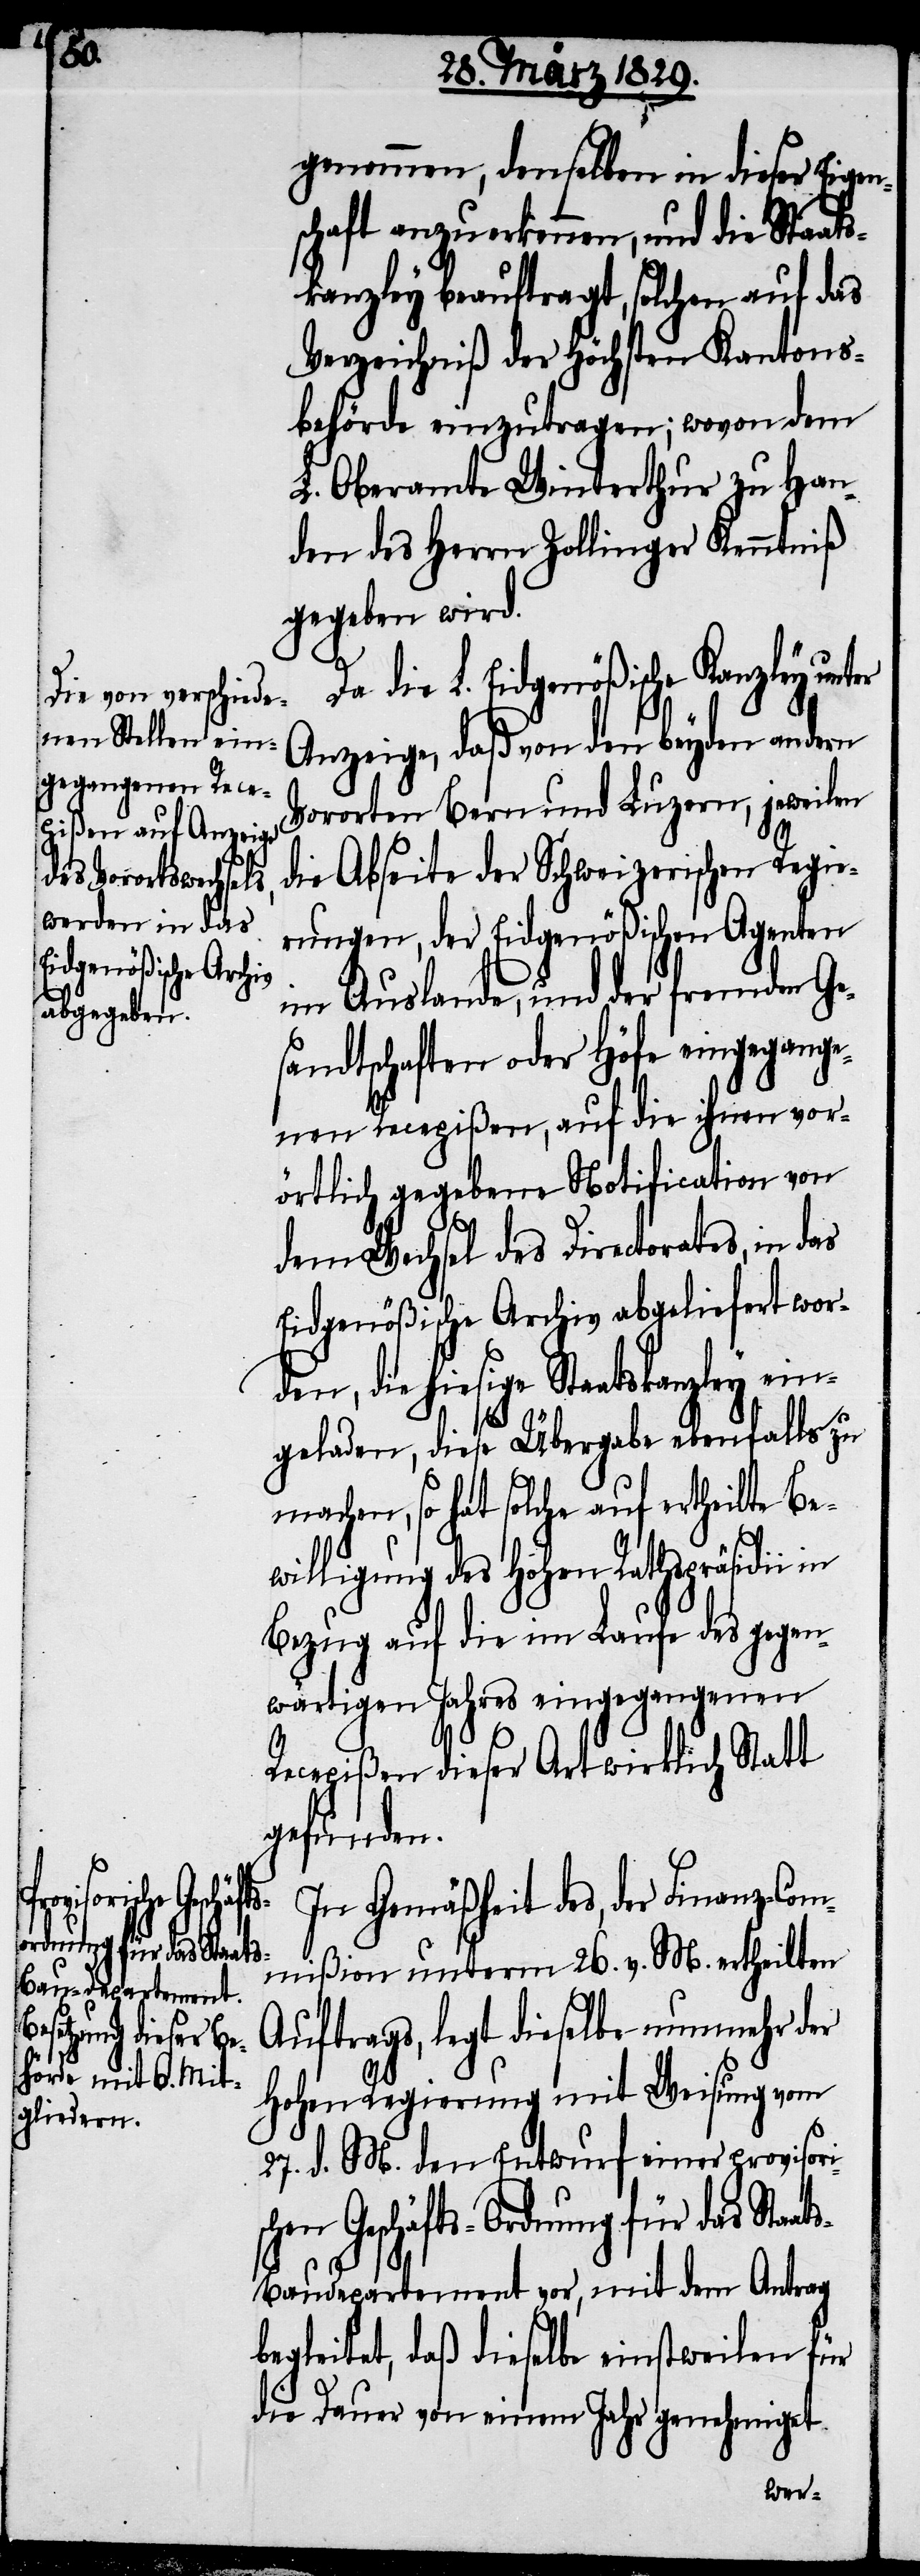
schen Geschäfts-O¬
rdnung für das Staat¬

genommen, denselben in dieser Eigen¬
schaft anzuerkennen, und die Staat¬
skanzley beauftragt, solchen auf das
Verzeichniß der höchsten Kantons¬
behörde einzutragen; wovon dem
L. Oberamte Winterthur zu Han¬
den des Herrn Zollinger Kenntniß
gegeben wird.
die L. Eidgenößische Kanzley
Anzeige, daß von den beyden andern
Vororten Bern und Luzern, jeweilen
die Abseite der Schweizerischen Regie¬
rungen, der Eidgenößischen Agenten
im Auslande, und der fremden Ge¬
sandtschaften oder Höfe eingegange¬
nen Recepißen, auf die ihnen vor¬
örtlich gegebene Notification von
dem Wechsel des Directorates, in
Eidgenößische Archiv abgeliefert word¬
geladen, diese Übergabe ebenfalls zu
machen, so hat solche auf ertheilte Be¬
willigung des hohen Rathspräsidii
wärtigen Jahres eingegangenen
Recepißen dieser Art wirklich Statt
gefunden.
In Gemäßheit des, der Finanz-Com¬
mißion unterm 26. v. M. ertheilten
Auftrags, legt dieselbe nunmehr der
Hohen Regierung mit Weisung vom
27. d. M. den Entwurf einer provisori¬
s-Baudepartement vor, mit dem Antrag
begleitet, daß dieselbe einstweilen für
die Dauer von einem Jahr genehmiget